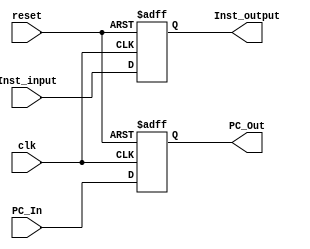
module IFID(clk, reset, PC_In, Inst_input,	Inst_output, PC_Out);
  
  input wire clk;
  input reset;
  input wire [63:0] PC_In;
  input  [31:0] Inst_input;
  output reg [31:0]Inst_output;
  output reg [63:0] PC_Out;
  
  always @ (posedge clk or posedge reset)
    begin
    if (reset == 1'b1)
      begin
         PC_Out <= 0; 
         Inst_output <= 0;
      end
     else 
       begin
         PC_Out = PC_In;
         Inst_output <= Inst_input;
       end
    end
endmodule